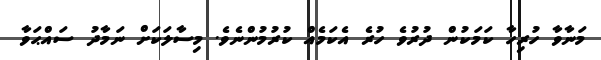
މަނާވާ ހުރިހާ ކަމަކުން ދުރުވެ ހުރެ އެކަމެއް ކުރުމުންނެވެ. މިސާލަކަށް ނަމާދު ސައްޙަވާ